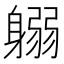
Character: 𨉱